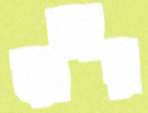
ফালার